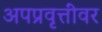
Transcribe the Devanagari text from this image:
अपप्रवृत्तींवर